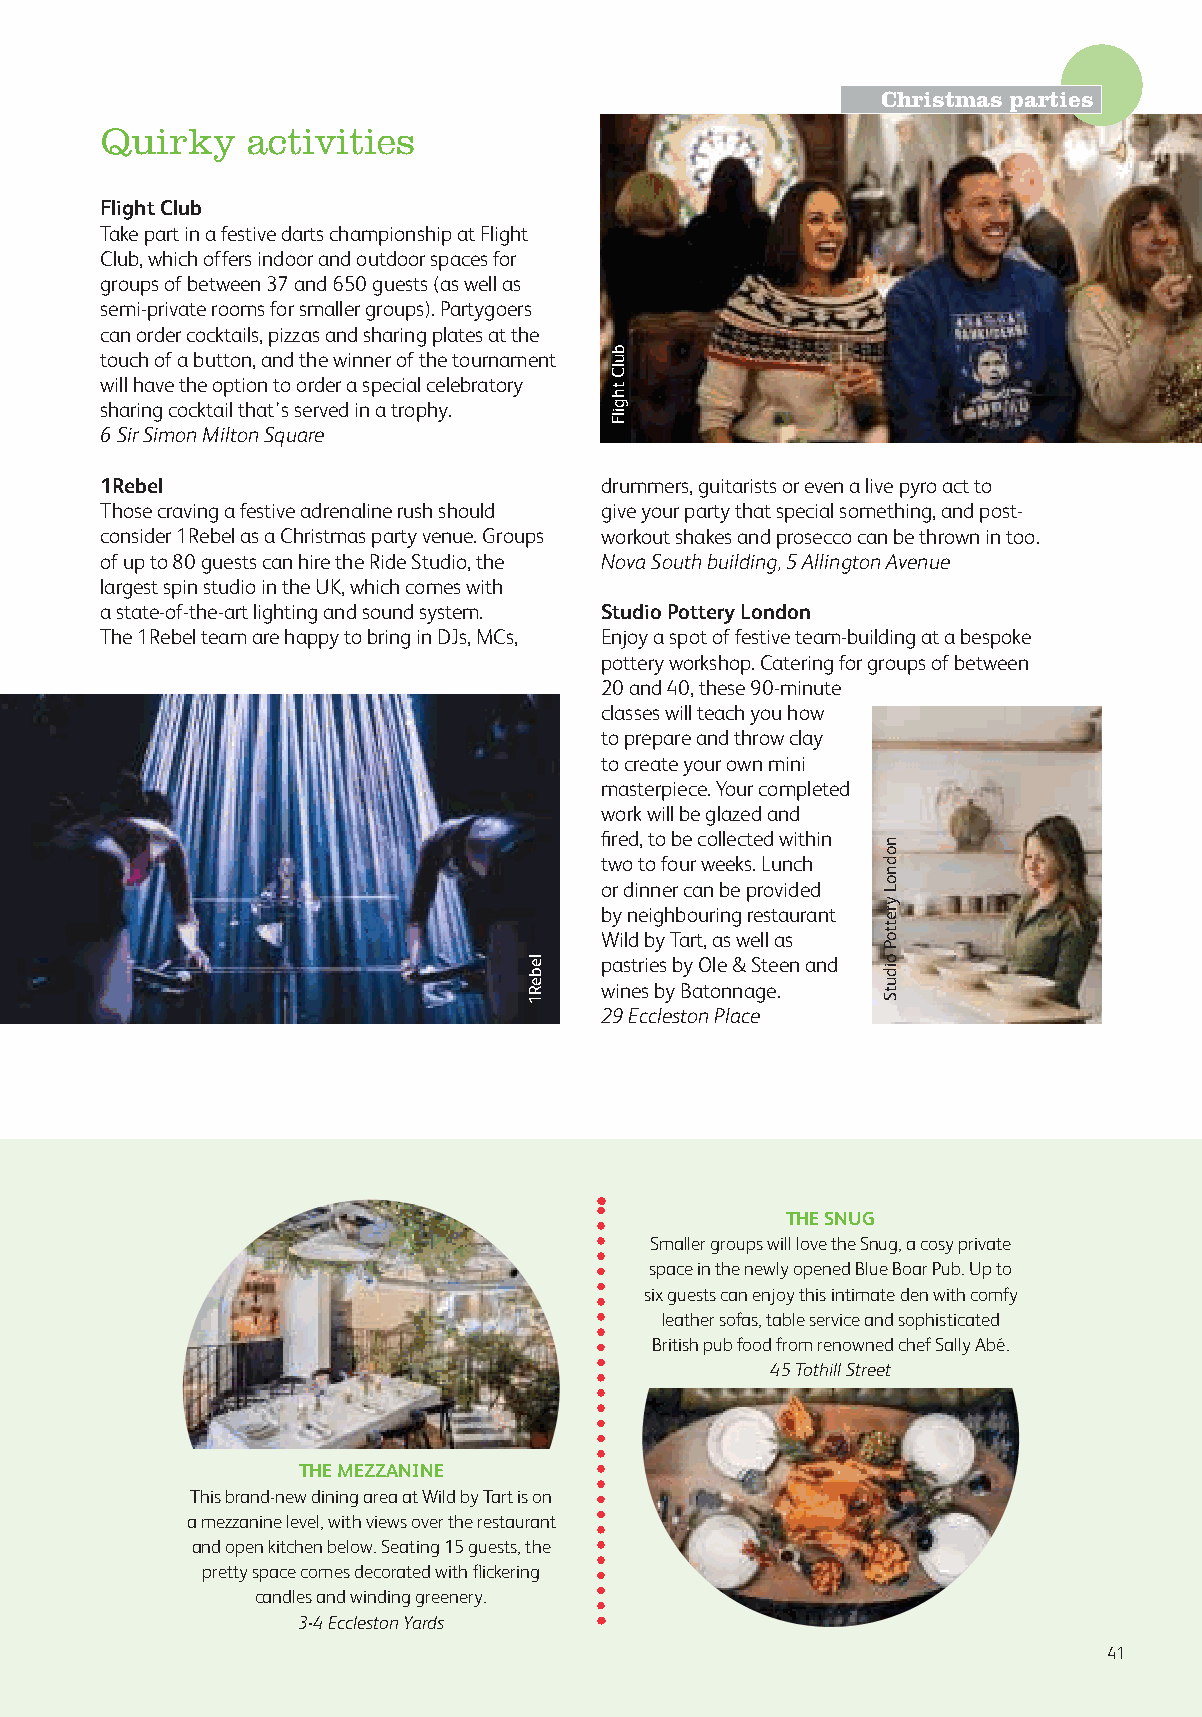
Christmas parties
 Quirky   activities
 Flight Club
 Take part in a festive darts championship at Flight
 Club, which offers indoor and outdoor spaces for
 groups of between 37 and 650 guests (as well as
 semi-private rooms for smaller groups). Partygoers
 can order cocktails, pizzas and sharing plates at the
 touch of a button, and the winner of the tournament
 will have the option to order a special celebratory
 sharing cocktail that’s served in a trophy.
 6 Sir Simon Milton Square
 1Rebel                           drummers, guitarists or even a live pyro act to
 Those craving a festive adrenaline rush should give your party that special something, and post-
 consider 1Rebel as a Christmas party venue. Groups workout shakes and prosecco can be thrown in too.
 of up to 80 guests can hire the Ride Studio, the Nova South building, 5 Allington Avenue
 largest spin studio in the UK, which comes with
 a state-of-the-art lighting and sound system. Studio Pottery London
 The 1Rebel team are happy to bring in DJs, MCs, Enjoy a spot of festive team-building at a bespoke
 pottery workshop. Catering for groups of between
 20 and 40, these 90-minute
 classes will teach you how
 to prepare and throw clay
 to create your own mini
 masterpiece. Your completed
 work will be glazed and
 fired, to be collected within
 two to four weeks. Lunch
 or dinner can be provided
 by neighbouring restaurant
 Wild by Tart, as well as
 pastries by Ole & Steen and
 wines by Batonnage.
 29 Eccleston Place
 THE SNUG
 Smaller groups will love the Snug, a cosy private
 space in the newly opened Blue Boar Pub. Up to
 six guests can enjoy this intimate den with comfy
 leather sofas, table service and sophisticated
 British pub food from renowned chef Sally Abé.
 45 Tothill Street
 THE MEZZANINE
 This brand-new dining area at Wild by Tart is on
 a mezzanine level, with views over the restaurant
 and open kitchen below. Seating 15 guests, the
 pretty space comes decorated with flickering
 candles and winding greenery.
 3-4 Eccleston Yards
 41
 lebeR1
 bulC
 thgilF
 nodnoL
 yrettoP
 oidutS